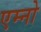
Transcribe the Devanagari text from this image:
एम्नो